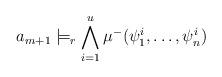
LaTeX: \begin{align*}a_{m+1} \models_r \bigwedge^u_{i = 1}\mu^-(\psi^i_1,\ldots,\psi^i_n)\end{align*}